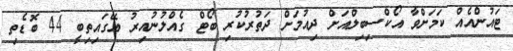
ޓައުންއެއް ކަމަށްވާ އޯކްސިބިލްއަށް ދިއުމަށް ދަތުރުކުރި ބޯޓް ގެއްލުނުއިރު އޭގައިތިބީ 44 ބޮޑެތި